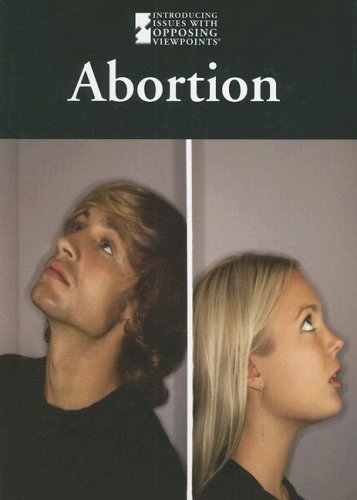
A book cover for Abortion (Introducing Issues with Opposing Viewpoints); Teen & Young Adult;